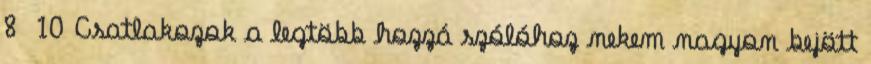
8 10 Csatlakozok a legtöbb hozzá szólóhoz nekem nagyon bejött